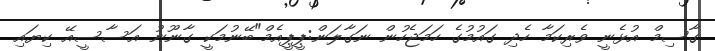
ގާސިމް އުޅެނީ ވެރިކަމާ ހެދި ގައުމުގެ ހަމަޖެހުން ނަގާލަން:ޕީޕީއެމް"ބޭނުމަކީ ގާނޫނު އަސާސީއޭ ކިޔައި